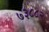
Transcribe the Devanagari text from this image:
७३८८२